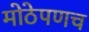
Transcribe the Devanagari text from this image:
मोठेपणच